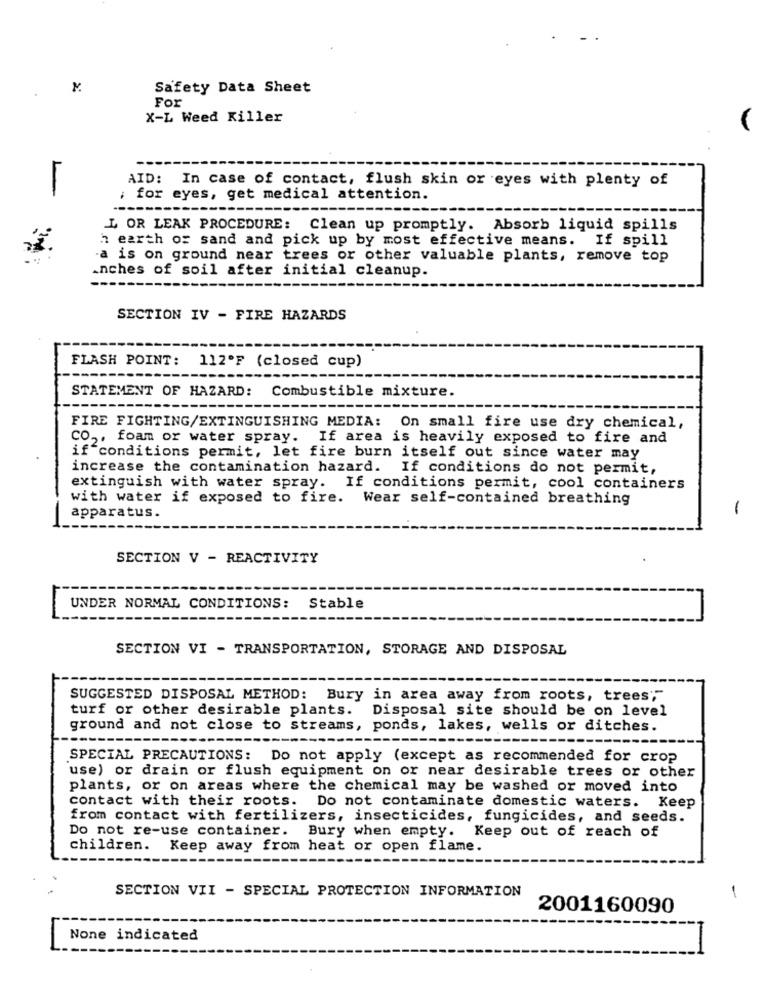
Safety Data Sheet
For
X-L Weed Killer
AID: In case of contact, flush skin or eyes with plenty of
; for eyes, get medical attention.
L OR LEAK PROCEDURE: Clean up promptly. Absorb liquid spills
h earth of sand and pick up by most effective means. If spill
-a is on ground near trees or other valuable plants, remove top
inches of soil after initial cleanup.
SECTION IV - FIRE HAZARDS
FLASH POINT:
112ºF (closed cup)
STATEMENT OF HAZARD: Combustible mixture.
FIRE FIGHTING/EXTINGUISHING MEDIA: On small fire use dry chemical,
CO ,, foam or water spray. If area is heavily exposed to fire and
if conditions permit, let fire burn itself out since water may
increase the contamination hazard. If conditions do not permit,
extinguish with water spray. If conditions permit, cool containers
with water if exposed to fire.
Wear self-contained breathing
-
apparatus.
SECTION V - REACTIVITY
UNDER NORMAL CONDITIONS: Stable
SECTION VI - TRANSPORTATION, STORAGE AND DISPOSAL
SUGGESTED DISPOSAL METHOD: Bury in area away from roots, trees;"
turf or other desirable plants. Disposal site should be on level
ground and not close to streams, ponds, lakes, wells or ditches.
SPECIAL PRECAUTIONS: Do not apply (except as recommended for crop
use) or drain or flush equipment on or near desirable trees or other
plants, or on areas where the chemical may be washed or moved into
contact with their roots. Do not contaminate domestic waters. Keep
from contact with fertilizers, insecticides, fungicides, and seeds.
Do not re-use container. Bury when empty. Keep out of reach of
children. Keep away from heat or open flame.
SECTION VII - SPECIAL PROTECTION INFORMATION
-
2001160090
None indicated